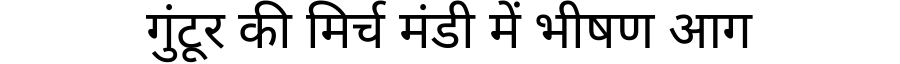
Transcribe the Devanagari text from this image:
गुंटूर की मिर्च मंडी में भीषण आग